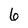
Character: 6